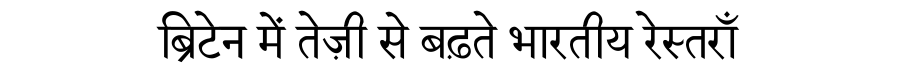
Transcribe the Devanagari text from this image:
ब्रिटेन में तेज़ी से बढ़ते भारतीय रेस्तराँ